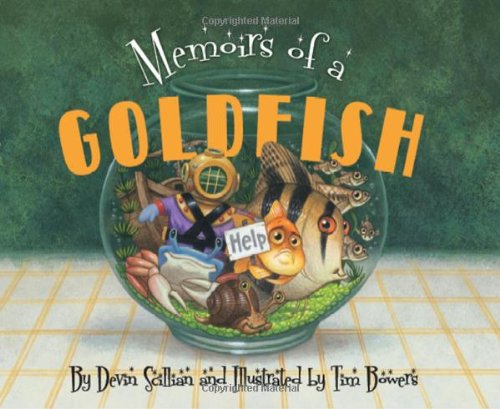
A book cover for Memoirs of a Goldfish; Devin Scillian; Children's Books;